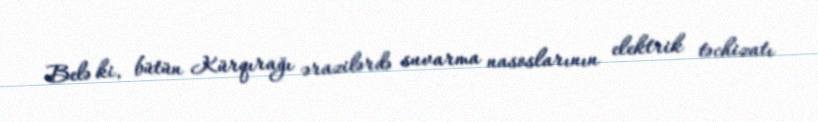
Belə ki, bütün Kürqırağı ərazilərdə suvarma nasoslarının elektrik təchizatı